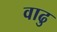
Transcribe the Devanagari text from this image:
वाढु